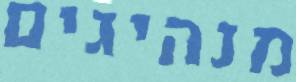
מנהיגים